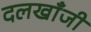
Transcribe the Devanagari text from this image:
दलखाँजी